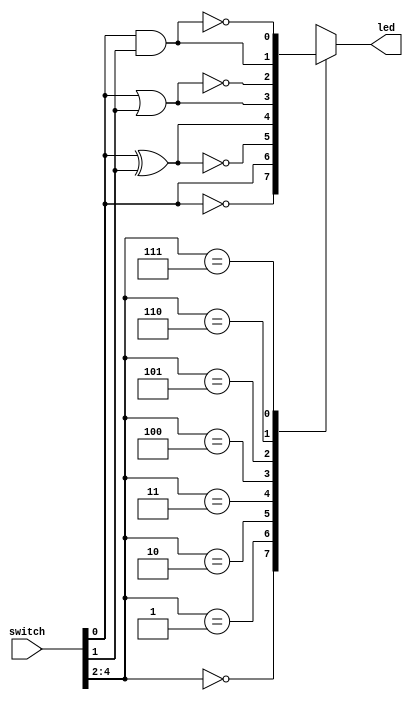
module comb_circuit(input [4:0] switch, output led);
reg led;

always @ (switch)
begin
case (switch[4:2])  //selector for mux
3'b000 : led = ~switch[0];  //not
3'b001 : led = switch[0];   //buffer
3'b010 : led = ~(switch[0] ^ switch[1]); //xnor
3'b011 : led = switch[0] ^ switch[1];  //xor
3'b100 : led = switch[0] | switch[1];
3'b101 : led = ~(switch[0] | switch[1]);
3'b110 : led = switch[0] & switch[1];
3'b111 : led = ~(switch[0] & switch[1]);
endcase
end
endmodule